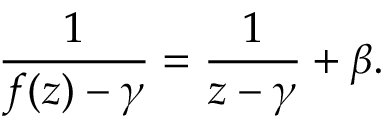
{ \frac { 1 } { f ( z ) - \gamma } } = { \frac { 1 } { z - \gamma } } + \beta .